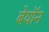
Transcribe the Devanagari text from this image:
बेयॉन